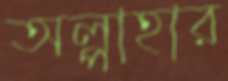
অল্পাহার